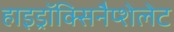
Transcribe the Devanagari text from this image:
हाइड्रॉक्सिनैप्शेलेट